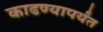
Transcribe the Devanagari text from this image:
काढण्यापर्यंत